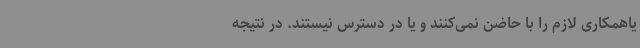
یاهمکاری لازم را با حاضن نمی‌کنند و یا در دسترس نیستند. در نتیجه